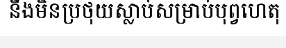
នឹងមិនប្រថុយស្លាប់សម្រាប់បុព្វហេតុ